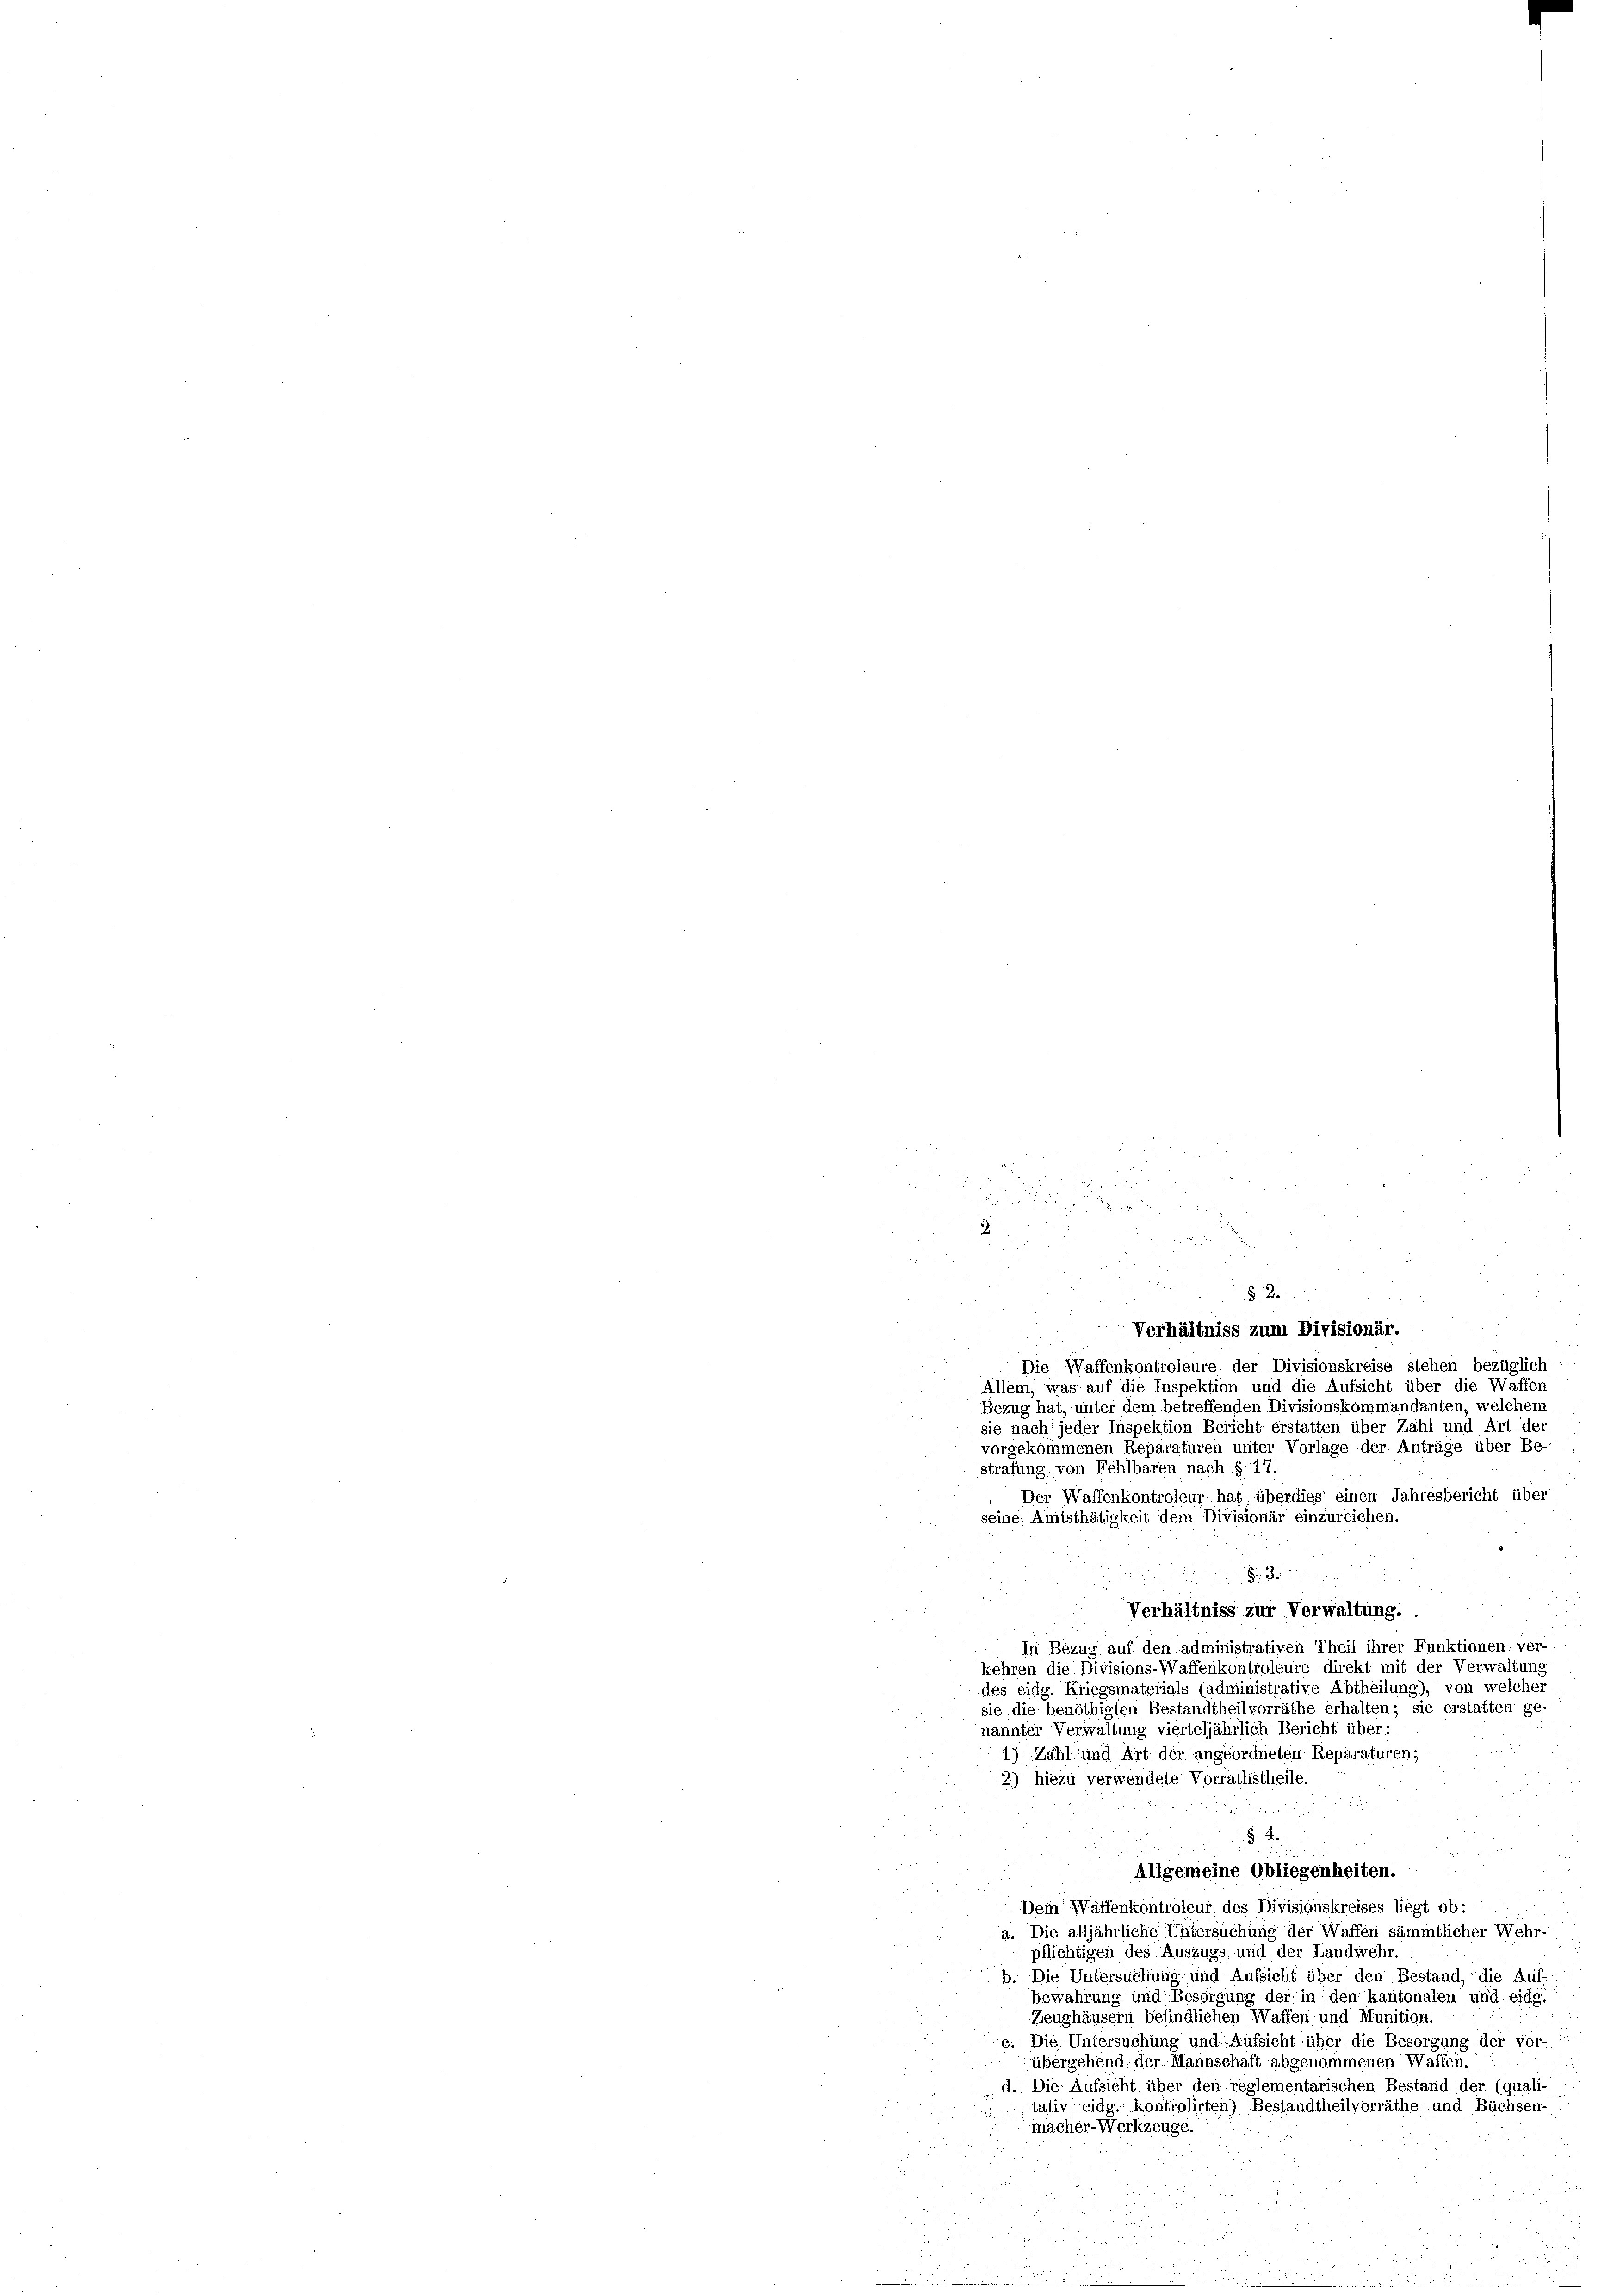
2

§. 2.
12
Verhältniss zum Divisionär.
Die Waffenkontroleure der Divisionskreise stehen bezüglich
Allem, was auf die Inspektion und die Aufsicht über die Waffen
Bezug hat, unter dem betreffenden Divisionskommandanten, welchem
sie nach jeder Inspektion Bericht erstatten über Zahl und Art der
vorgekommenen Reparaturen unter Vorlage der Anträge über Be-
strafung von Fehlbaren nach §. 17.
Der Waffenkontroleur hat überdies einen Jahresbericht über
seine Amtsthätigkeit dem Divisionär einzureichen.
 3
5
Verhältniss zur Verwaltung.
In Bezug auf den administrativen Theil ihrer Funktionen: ver-
kehren die Divisions-Waffenkontroleure direkt mit der Verwaltung
des eidg. Kriegsmaterials (administrative Abtheilung), von welcher
sie die benöthigten Bestandtheilvorräthe erhalten; sie erstatten ge
nannter Verwaltung vierteljährlich Bericht über:
1) Zahl und Art der angeordneten Reparaturen;
2) hiezu verwendete Vorrathstheile.

§ 4
e
Allgemeine Obliegenheiten.
Dem Waffenkontroleur des Divisionskreises liegt ob::
a. Die alljährliche Untersuchung der Waffen sämmtlicher Wehr-
pflichtigen des Auszugs- und der Landwehr.
b. Die Untersuchung und Aufsicht über den Bestand, die Auf-
bewahrung und Besorgung der in den kantonalen und eidg.
Zeughäusern befindlichen Waffen und Munition.
Die Untersuchung und Aufsicht über die Besorgung der vor-
übergehend der Mannschaft abgenommenen Waffen.
d. Die Aufsicht über den réglementarischen Bestand der (quali-
tativ eidg. kontrolirten) Bestandtheilvorräthe und Büchsen
macher-Werkzeuge